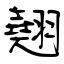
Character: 翹